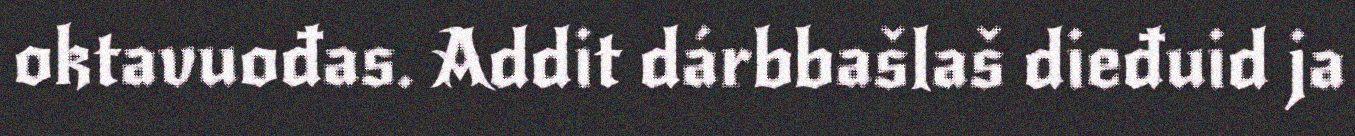
oktavuođas. Addit dárbbašlaš dieđuid ja